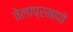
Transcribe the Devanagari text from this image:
तेलाप्रमाणे